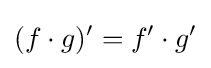
(f\cdot g)'=f'\cdot g'